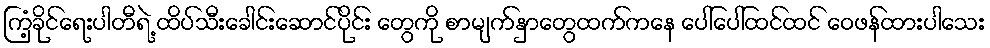
ကြံ့ခိုင်ရေးပါတီရဲ့ ထိပ်သီးခေါင်းဆောင်ပိုင်း တွေကို စာမျက်နှာတွေထက်ကနေ ပေါ်ပေါ်ထင်ထင် ဝေဖန်ထားပါသေး